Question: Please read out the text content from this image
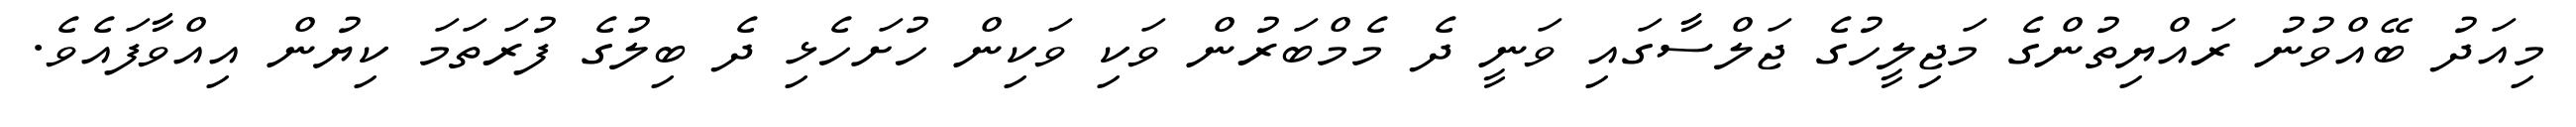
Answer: މިއަދު ބޭއްވުނު ރައްޔިތުންގެ މަޖިލީހުގެ ޖަލްސާގައި ވަނީ ދެ މެމްބަރުން ވަކި ވަކިން ހުށަހެޅި ދެ ބިލުގެ ފުރަތަމަ ކިޔުން އިއްވާފައެވެ.